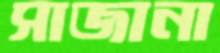
সাজানা